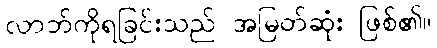
လာဘ်ကိုရခြင်းသည် အမြတ်ဆုံး ဖြစ်၏။